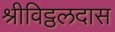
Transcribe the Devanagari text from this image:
श्रीविट्ठलदास